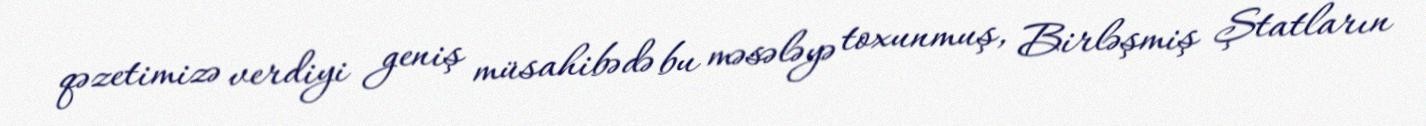
qəzetimizə verdiyi geniş müsahibədə bu məsələyə toxunmuş, Birləşmiş Ştatların